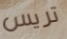
تريس